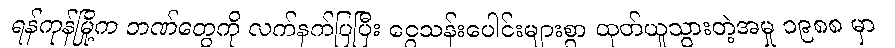
ရန်ကုန်မြို့က ဘဏ်တွေကို လက်နက်ပြပြီး ငွေသန်းပေါင်းများစွာ ထုတ်ယူသွားတဲ့အမှု ၁၉၈၈ မှာ